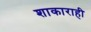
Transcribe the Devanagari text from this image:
शाकाराही